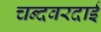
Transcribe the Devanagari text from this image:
चन्दवरदाई